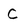
Character: C